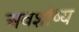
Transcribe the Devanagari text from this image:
अवशोष्य